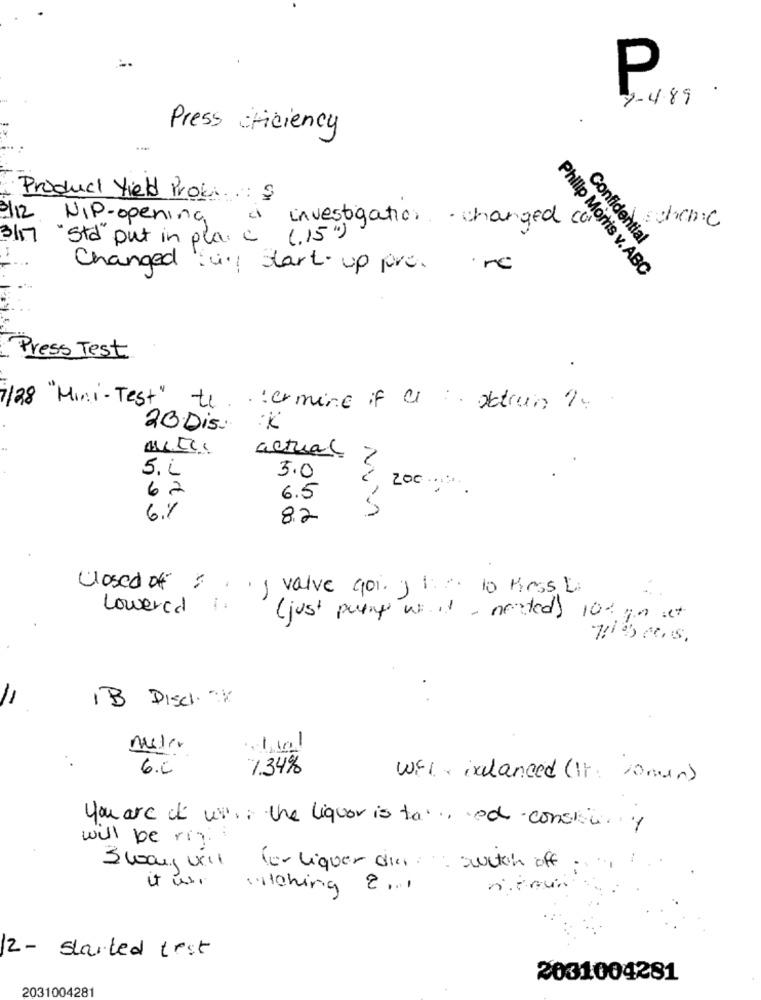
P
7-489
Press fficiency
Product Yield Proki ... $
0/12
NIP-opening
investigation changed ca
chch:C
3/17
"Std" put in pla c (.15")
Confidential
Changed ial Start-up pro. me
Philip Morris v. ABC
Press Test
1/28 "Mini-Test" to. . termine if a : obtrun
20 Dis K
actual
5. L
5.0
62
Zoc
6.5
6.%
8.2
Closed off valve goij 1: 10 press
Lowered 1.
( just pump w. it - nonted) 10% gn ist
IB Disch V
-
6.6
7.34%
WFI ixdanced (it: 10min)
you are of war, the liquor is ta ... ed constru
will be rig
S way, wil
(- liquer dia : 1. switch off
it is.
witching 8 ...
12- started test
2031004281
2031004281